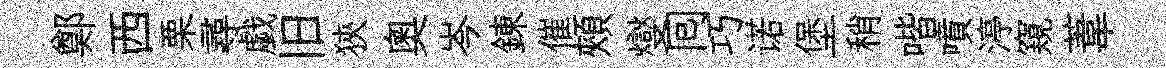
鄭西栗尋戯旧狹奥岑錬催頰燮囘巧诺堡稍喈噴渟窺葦